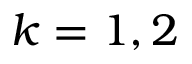
k = 1 , 2